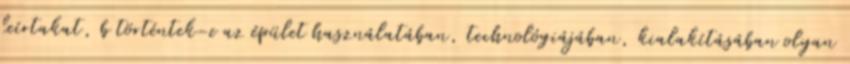
leírtakat, b történtek-e az épület használatában, technológiájában, kialakításában olyan